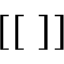
\big [ \big [ \; \big ] \big ]